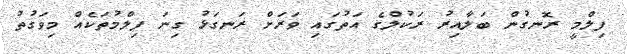
ފިލްމީ ރޮނގުން ބަލާއިރު ރަކުލްގެ އަތުގައި ވަރަށް ރަނގަޅު ގިނަ ފިލްމުތަކެއް މިވަގުތު